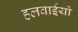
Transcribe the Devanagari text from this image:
हलवाईयों